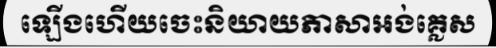
ឡើងហើយចេះនិយាយភាសាអង់គ្លេស